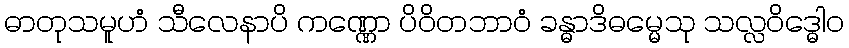
ဓာတုသမူဟံ သီလေနာပိ ကဏ္ဏော ပိဝိတဘာဝံ ခန္ဓာဒိဓမ္မေသု သလ္လဝိဒ္ဓေါဝ